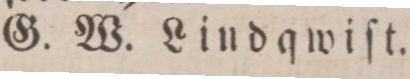
G. W. Lindqwiſt.